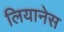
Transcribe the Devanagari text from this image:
लियानेस